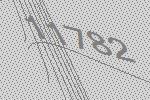
11782